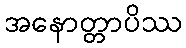
အနောတ္တာပိဿ